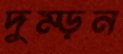
দুম্‌ড়ন